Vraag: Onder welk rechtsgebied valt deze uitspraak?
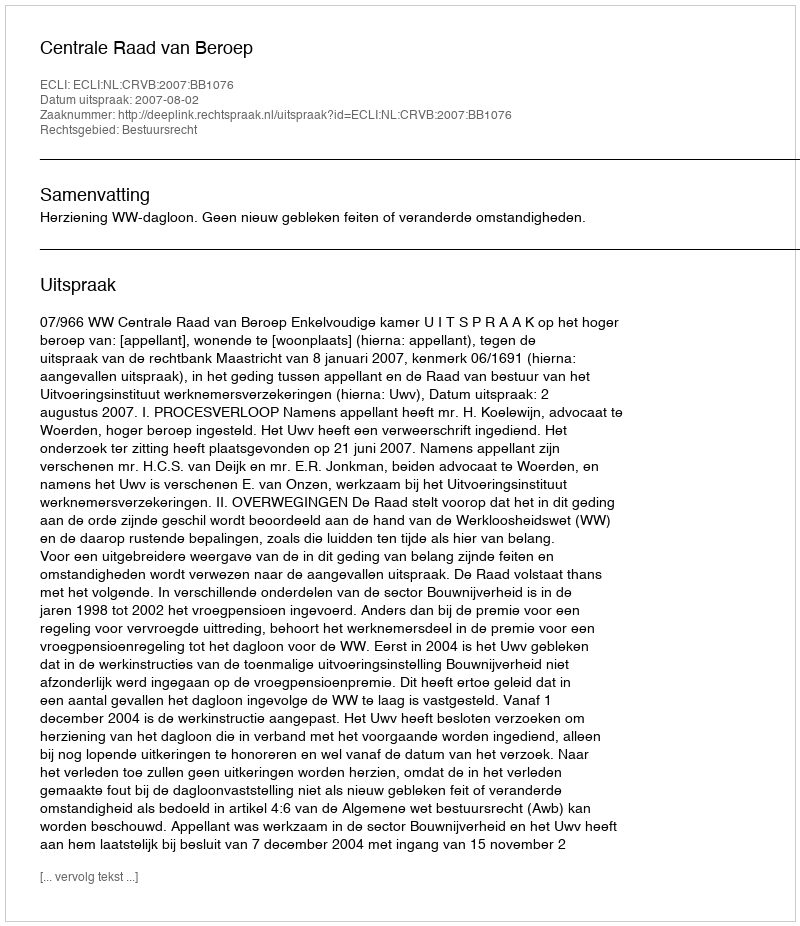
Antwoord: Bestuursrecht